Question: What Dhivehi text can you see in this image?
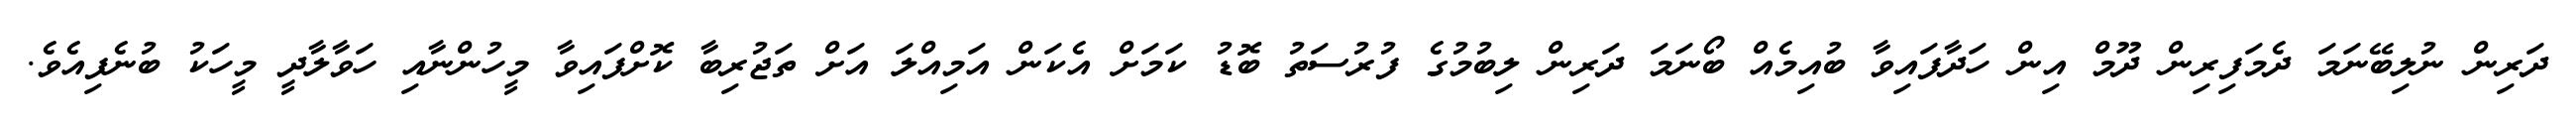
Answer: ދަރިން ނުލިބޭނަމަ ދެމަފިރިން ދޫމް އިން ހަދާފައިވާ ބުއިމެއް ބޯނަމަ ދަރިން ލިބުމުގެ ފުރުސަތު ބޮޑު ކަމަށް އެކަން އަމިއްލަ އަށް ތަޖުރިބާ ކޮށްފައިވާ މީހުންނާއި ހަވާލާދީ މީހަކު ބުނެފިއެވެ.